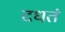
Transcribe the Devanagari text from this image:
दधतं